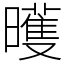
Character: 㬦